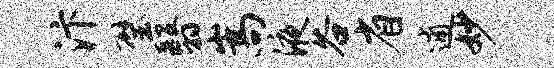
汴璧翳嵩液谷省逋妙